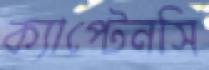
ক্যাপ্টেনসি